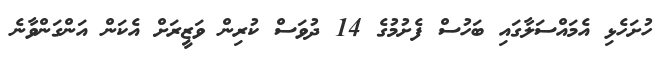
ހުށަހެޅި އެމައްސަލާގައި ބަހުސް ފެށުމުގެ 14 ދުވަސް ކުރިން ވަޒީރަށް އެކަން އަންގަންވާނެ